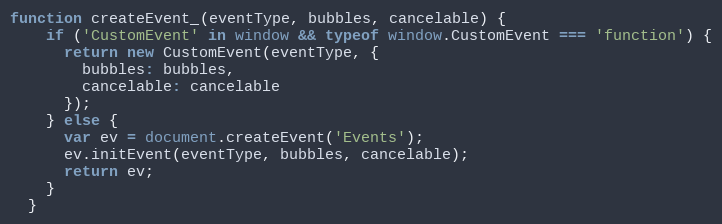
Language: JavaScript
function createEvent_(eventType, bubbles, cancelable) {
    if ('CustomEvent' in window && typeof window.CustomEvent === 'function') {
      return new CustomEvent(eventType, {
        bubbles: bubbles,
        cancelable: cancelable
      });
    } else {
      var ev = document.createEvent('Events');
      ev.initEvent(eventType, bubbles, cancelable);
      return ev;
    }
  }